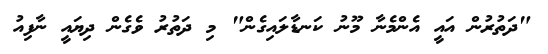
"ދަތުރުން އައީ އެންމެނާ މޫނު ކަނޑާލައިގެން" މި ދަތުރު ވެގެން ދިޔައީ ނާފިއު